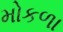
મોકળા